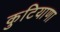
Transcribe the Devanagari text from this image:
कुटियाणा